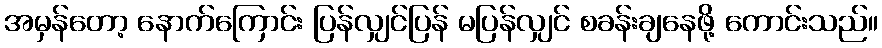
အမှန်တော့ နောက်ကြောင်း ပြန်လျှင်ပြန် မပြန်လျှင် စခန်းချနေဖို့ ကောင်းသည်။